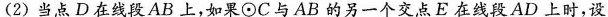
(2)当点D在线段AB上，如果\odot C与AB的另一个交点E在线段AD上时，设